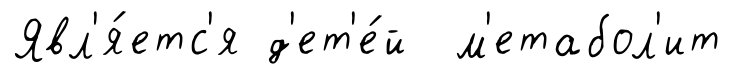
Явл'я́етс'я д'ет'е́й м'етабол'ит